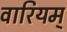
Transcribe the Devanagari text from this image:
वारियम्